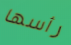
رأسها